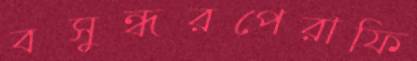
বসুন্ধরপেরাফি